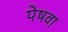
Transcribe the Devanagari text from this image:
पेषवा